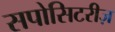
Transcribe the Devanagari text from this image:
सपोसिटरीज़